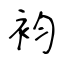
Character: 袀